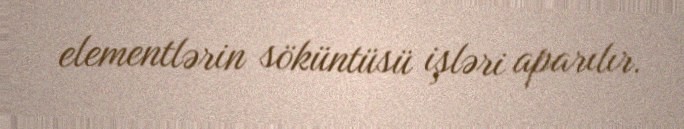
elementlərin söküntüsü işləri aparılır.